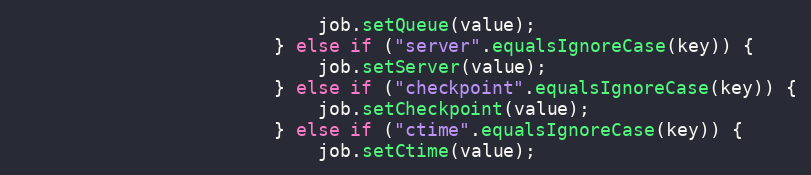
Language: Java
                            job.setQueue(value);
                        } else if ("server".equalsIgnoreCase(key)) {
                            job.setServer(value);
                        } else if ("checkpoint".equalsIgnoreCase(key)) {
                            job.setCheckpoint(value);
                        } else if ("ctime".equalsIgnoreCase(key)) {
                            job.setCtime(value);